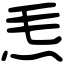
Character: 𤆬